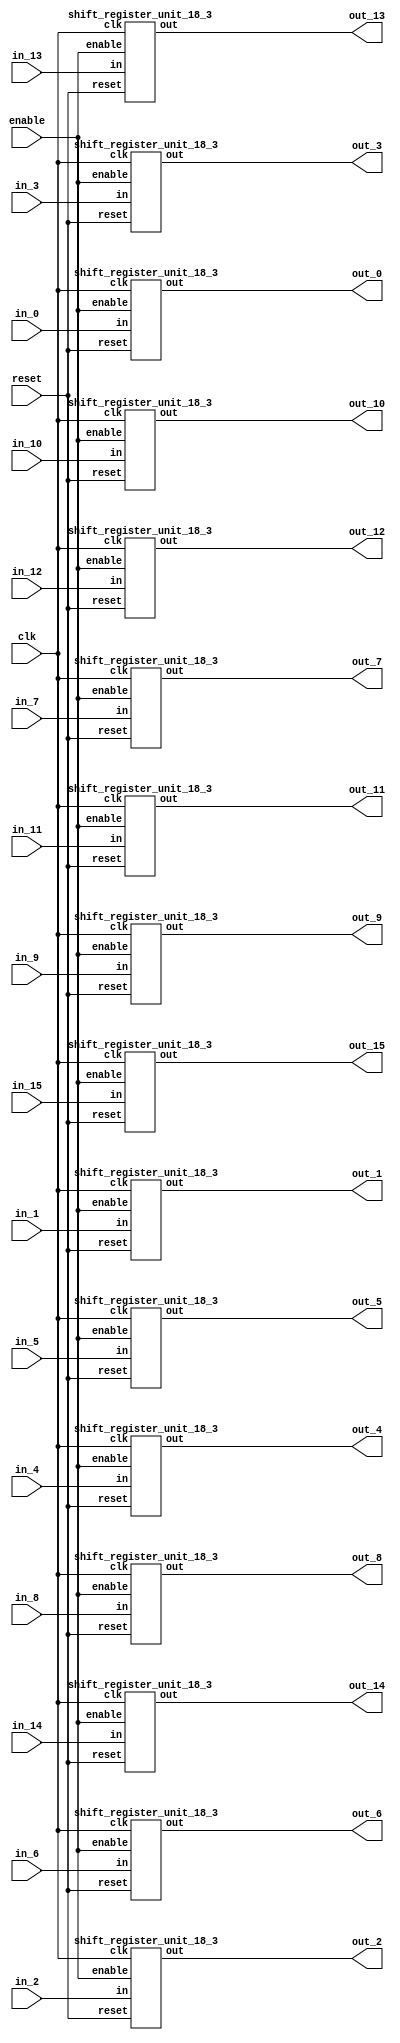
`define SIMULATION_MEMORY

module shift_register_group_18_16_3 (
	input clk,
	input enable,
	input [17:0] in_0,
	output [17:0] out_0,
	input [17:0] in_1,
	output [17:0] out_1,
	input [17:0] in_2,
	output [17:0] out_2,
	input [17:0] in_3,
	output [17:0] out_3,
	input [17:0] in_4,
	output [17:0] out_4,
	input [17:0] in_5,
	output [17:0] out_5,
	input [17:0] in_6,
	output [17:0] out_6,
	input [17:0] in_7,
	output [17:0] out_7,
	input [17:0] in_8,
	output [17:0] out_8,
	input [17:0] in_9,
	output [17:0] out_9,
	input [17:0] in_10,
	output [17:0] out_10,
	input [17:0] in_11,
	output [17:0] out_11,
	input [17:0] in_12,
	output [17:0] out_12,
	input [17:0] in_13,
	output [17:0] out_13,
	input [17:0] in_14,
	output [17:0] out_14,
	input [17:0] in_15,
	output [17:0] out_15,
	input reset
);

shift_register_unit_18_3 shift_register_unit_18_3_inst_0 (
	.clk(clk),
	.reset(reset),
	.enable(enable),
	.in(in_0),
	.out(out_0)
);

shift_register_unit_18_3 shift_register_unit_18_3_inst_1 (
	.clk(clk),
	.reset(reset),
	.enable(enable),
	.in(in_1),
	.out(out_1)
);

shift_register_unit_18_3 shift_register_unit_18_3_inst_2 (
	.clk(clk),
	.reset(reset),
	.enable(enable),
	.in(in_2),
	.out(out_2)
);

shift_register_unit_18_3 shift_register_unit_18_3_inst_3 (
	.clk(clk),
	.reset(reset),
	.enable(enable),
	.in(in_3),
	.out(out_3)
);

shift_register_unit_18_3 shift_register_unit_18_3_inst_4 (
	.clk(clk),
	.reset(reset),
	.enable(enable),
	.in(in_4),
	.out(out_4)
);

shift_register_unit_18_3 shift_register_unit_18_3_inst_5 (
	.clk(clk),
	.reset(reset),
	.enable(enable),
	.in(in_5),
	.out(out_5)
);

shift_register_unit_18_3 shift_register_unit_18_3_inst_6 (
	.clk(clk),
	.reset(reset),
	.enable(enable),
	.in(in_6),
	.out(out_6)
);

shift_register_unit_18_3 shift_register_unit_18_3_inst_7 (
	.clk(clk),
	.reset(reset),
	.enable(enable),
	.in(in_7),
	.out(out_7)
);

shift_register_unit_18_3 shift_register_unit_18_3_inst_8 (
	.clk(clk),
	.reset(reset),
	.enable(enable),
	.in(in_8),
	.out(out_8)
);

shift_register_unit_18_3 shift_register_unit_18_3_inst_9 (
	.clk(clk),
	.reset(reset),
	.enable(enable),
	.in(in_9),
	.out(out_9)
);

shift_register_unit_18_3 shift_register_unit_18_3_inst_10 (
	.clk(clk),
	.reset(reset),
	.enable(enable),
	.in(in_10),
	.out(out_10)
);

shift_register_unit_18_3 shift_register_unit_18_3_inst_11 (
	.clk(clk),
	.reset(reset),
	.enable(enable),
	.in(in_11),
	.out(out_11)
);

shift_register_unit_18_3 shift_register_unit_18_3_inst_12 (
	.clk(clk),
	.reset(reset),
	.enable(enable),
	.in(in_12),
	.out(out_12)
);

shift_register_unit_18_3 shift_register_unit_18_3_inst_13 (
	.clk(clk),
	.reset(reset),
	.enable(enable),
	.in(in_13),
	.out(out_13)
);

shift_register_unit_18_3 shift_register_unit_18_3_inst_14 (
	.clk(clk),
	.reset(reset),
	.enable(enable),
	.in(in_14),
	.out(out_14)
);

shift_register_unit_18_3 shift_register_unit_18_3_inst_15 (
	.clk(clk),
	.reset(reset),
	.enable(enable),
	.in(in_15),
	.out(out_15)
);

endmodule
//[second_phase_finishes]
module shift_register_unit_18_3 (
	input clk,
	input reset,
	input enable,
	input [17:0] in,
	output [17:0] out
);

reg [17:0] shift_registers_0;
reg [17:0] shift_registers_1;
reg [17:0] shift_registers_2;
always @ (posedge clk) begin
	if (reset) begin
		shift_registers_0 <= 18'd0;
		shift_registers_1 <= 18'd0;
		shift_registers_2 <= 18'd0;
	end else if (enable) begin
		shift_registers_0 <= in;
		shift_registers_1 <= shift_registers_0;
		shift_registers_2 <= shift_registers_1;
	end
end

assign out = shift_registers_2;

endmodule